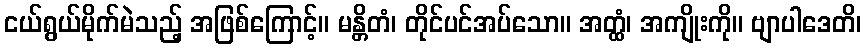
ငယ်ရွယ်မိုက်မဲသည့် အဖြစ်ကြောင့်။ မန္တိတံ၊ တိုင်ပင်အပ်သော။ အတ္ထံ၊ အကျိုးကို။ ဗျာပါဒေတိ၊